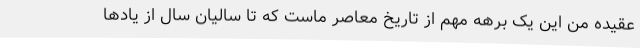
عقیده من این یک برهه مهم از تاریخ معاصر ماست که تا سالیان سال از یادها